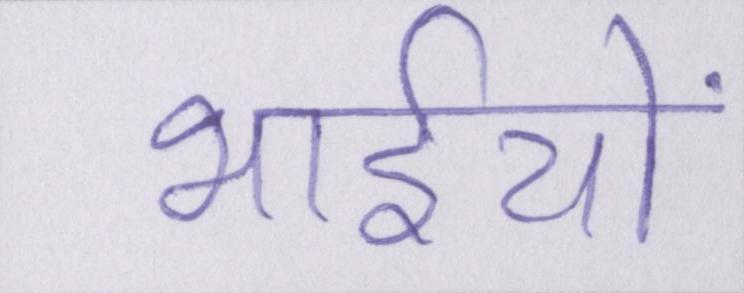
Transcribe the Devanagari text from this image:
भाईयों